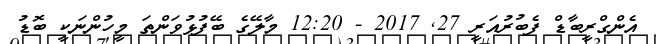
އެންގްރީބާޑް ފެބުރުއަރީ 27